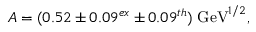
A = ( 0 . 5 2 \pm 0 . 0 9 ^ { e x } \pm 0 . 0 9 ^ { t h } ) \; \mathrm { G e V } ^ { 1 / 2 } ,